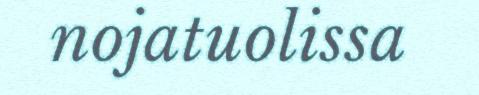
nojatuolissa